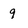
Character: 9